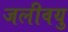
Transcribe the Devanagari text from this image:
जलीवयु